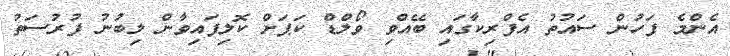
އެންމެ ފަހުން ސައުތު އެފްރިކާގައި ބޭއްވި ވޯލްޑް ކަޕަށް ކޮލިފައިވާން ލިބުނު ފުރުސަތު